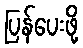
ပြန်ပေးဖို့